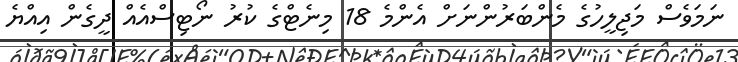
ނަމަވެސް މަޖިލީހުގެ މެންބަރުންނަށް އެންމެ 18 މިނެޓްގެ ކުރު ނޯޓިސްއެއް ދީގެން އިއްޔެ